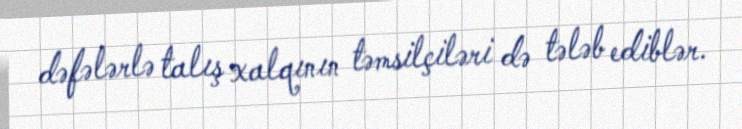
dəfələrlə talış xalqının təmsilçiləri də tələb ediblər.